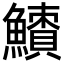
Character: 𩼜